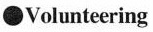
●Volunteering